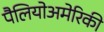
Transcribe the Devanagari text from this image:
पैलियोअमेरिकी